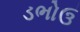
ડભોઉ